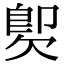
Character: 𣣝